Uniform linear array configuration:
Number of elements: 32
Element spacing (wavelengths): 0.75
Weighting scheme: binomial
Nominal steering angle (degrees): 0
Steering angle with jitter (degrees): -0.2853
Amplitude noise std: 0.05
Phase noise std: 0.05

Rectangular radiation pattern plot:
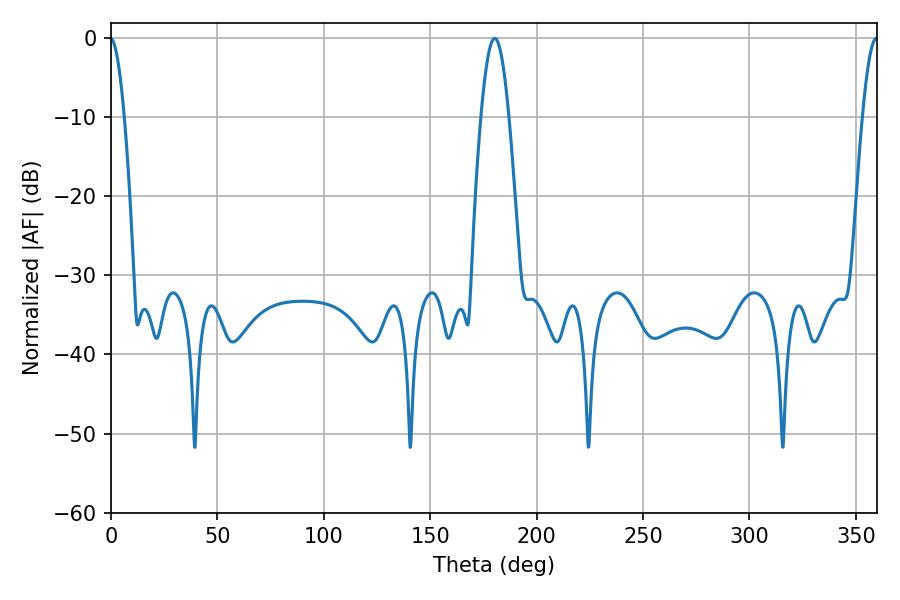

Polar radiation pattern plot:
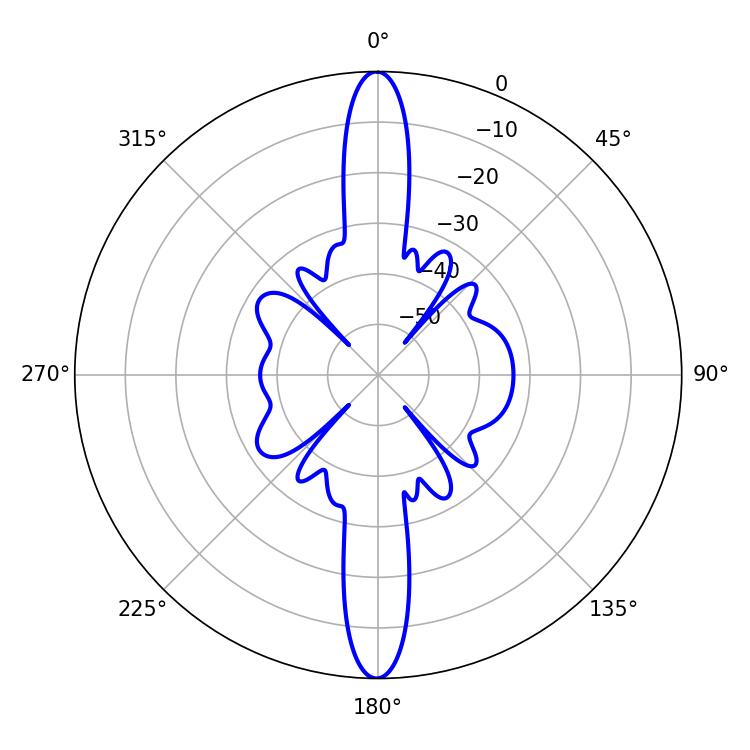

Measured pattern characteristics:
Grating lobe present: TRUE
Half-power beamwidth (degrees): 7.02
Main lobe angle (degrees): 180.36